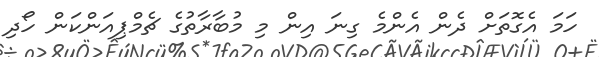
ހަމަ އެގޮތަށް ދެން އެންމެ ގިނަ އިން މި މުބާރާތުގެ ޗެމްޕިއަންކަން ހޯދި